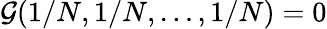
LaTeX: \mathcal{G}(1/N,1/N,\dots,1/N)=0